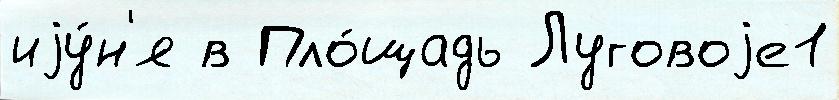
иjу́н'я в Пло́щадь Луговоjе1